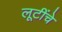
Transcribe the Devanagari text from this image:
लूटींचे